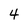
Character: 4